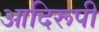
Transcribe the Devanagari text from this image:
आदिरूपी